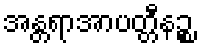
အန္တရာအာပတ္တီနဉ္စ